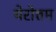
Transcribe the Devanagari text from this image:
थेरोत्तम